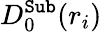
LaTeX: D_{0}^{\texttt{Sub}}(r_{i})